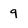
Character: 9